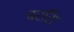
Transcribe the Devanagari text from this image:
बरसि